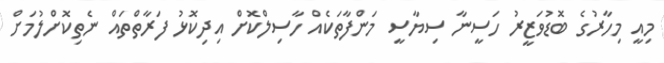
މިއީ މިހާރުގެ ބޮޑުވަޒީރު ހަސީނާ ސިޔާސީ މަންފާތަކެއް ހާސިލްކޮށް އިދިކޮޅު ފަރާތްތައް ނެތިކޮށްލުމަށް